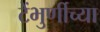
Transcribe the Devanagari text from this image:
टेंभुर्णीच्या